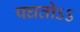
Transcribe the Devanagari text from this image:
पघतोऽऽ